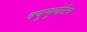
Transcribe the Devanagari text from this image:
क्युमुलेटिव